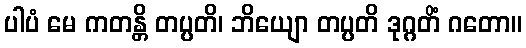
ပါပံ မေ ကတန္တိ တပ္ပတိ၊ ဘိယျော တပ္ပတိ ဒုဂ္ဂတိံ ဂတော။